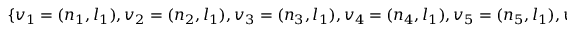
\{ v _ { 1 } = ( n _ { 1 } , l _ { 1 } ) , v _ { 2 } = ( n _ { 2 } , l _ { 1 } ) , v _ { 3 } = ( n _ { 3 } , l _ { 1 } ) , v _ { 4 } = ( n _ { 4 } , l _ { 1 } ) , v _ { 5 } = ( n _ { 5 } , l _ { 1 } ) , v _ { 6 } = ( n _ { 1 } , l _ { 2 } ) , v _ { 7 } = ( n _ { 2 } , l _ { 2 } ) , v _ { 8 } = ( n _ { 3 } , l _ { 2 } ) , v _ { 9 } = ( n _ { 4 } , l _ { 2 } ) , v _ { 1 0 } = ( n _ { 6 } , l _ { 2 } ) \}